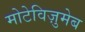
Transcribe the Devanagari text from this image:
मोटेविज़ुमेब